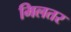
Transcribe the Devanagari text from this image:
मिलतर